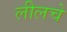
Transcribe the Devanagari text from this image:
लीलचे